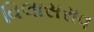
વિલાસરાવ